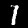
Digit: 1